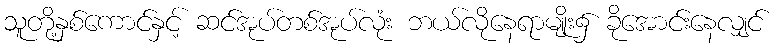
သူတို့နှစ်ကောင်နှင့် ဆင်အုပ်တစ်အုပ်လုံး ဘယ်လိုနေရာမျိုး၌ ခိုအောင်းနေလျှင်